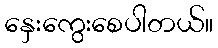
နှေးကွေးစေပါတယ်။